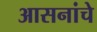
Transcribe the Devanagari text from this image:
आसनांचे